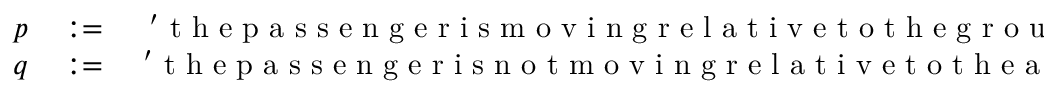
\begin{array} { r l r } { p } & { { } : = } & { \mathrm { ~ ' ~ t ~ h ~ e ~ p ~ a ~ s ~ s ~ e ~ n ~ g ~ e ~ r ~ i ~ s ~ m ~ o ~ v ~ i ~ n ~ g ~ r ~ e ~ l ~ a ~ t ~ i ~ v ~ e ~ t ~ o ~ t ~ h ~ e ~ g ~ r ~ o ~ u ~ n ~ d ~ ' ~ , ~ a ~ n ~ d ~ } } \\ { q } & { { } : = } & { \mathrm { ~ ' ~ t ~ h ~ e ~ p ~ a ~ s ~ s ~ e ~ n ~ g ~ e ~ r ~ i ~ s ~ n ~ o ~ t ~ m ~ o ~ v ~ i ~ n ~ g ~ r ~ e ~ l ~ a ~ t ~ i ~ v ~ e ~ t ~ o ~ t ~ h ~ e ~ a ~ i ~ r ~ p ~ l ~ a ~ n ~ e ~ ' ~ } } \end{array}